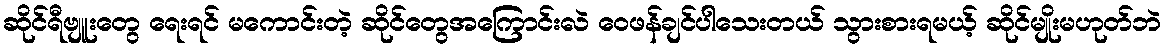
ဆိုင်ရီဗျူးတွေ ရေးရင် မကောင်းတဲ့ ဆိုင်တွေအကြောင်းလဲ ဝေဖန်ချင်ပါသေးတယ် သွားစားရမယ့် ဆိုင်မျိုးမဟုတ်ဘဲ